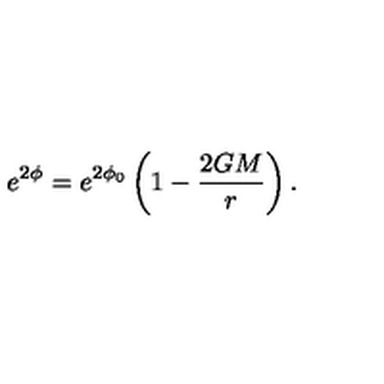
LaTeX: e ^ { 2 \phi } = e ^ { 2 \phi _ { 0 } } \left( 1 - \frac { 2 G M } { r } \right) .